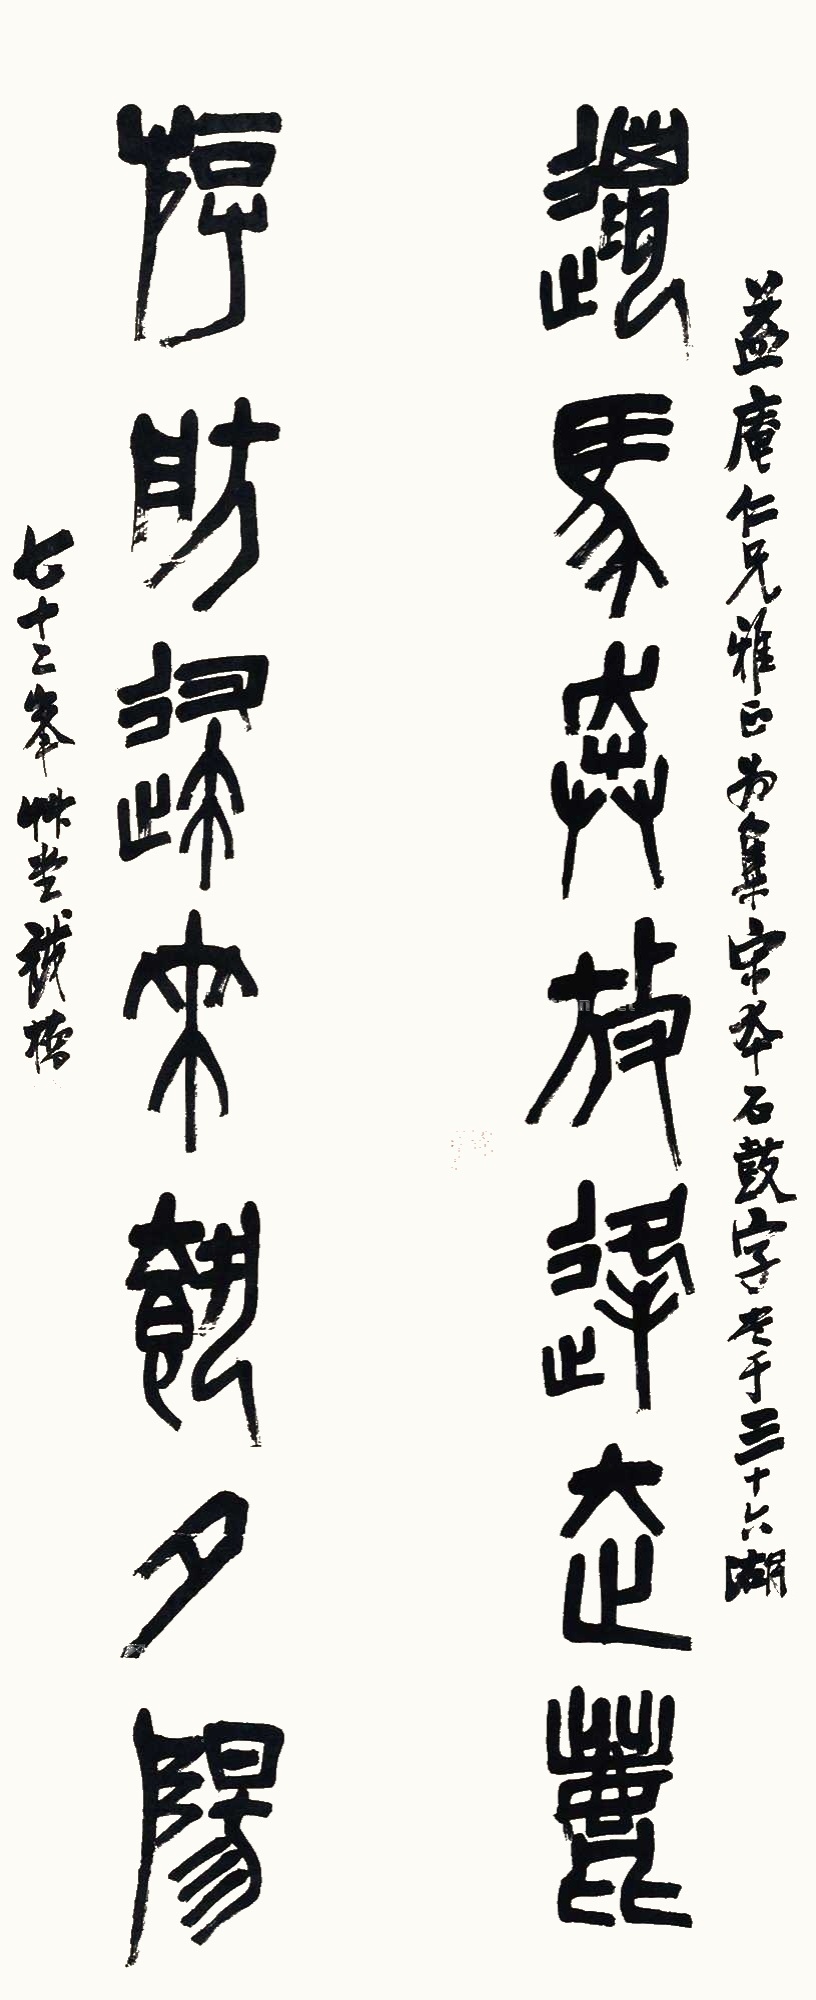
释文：猎马奔放逢走鹿，游舫归来载夕阳。益庵仁兄雅正，为集宋本石鼓字，书于三十六湖。七十二峰草堂铁桥。